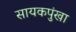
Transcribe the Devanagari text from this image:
सायकपुंखा